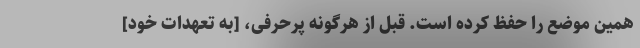
همین موضع را حفظ کرده است. قبل از هرگونه پرحرفی، [به تعهدات خود]